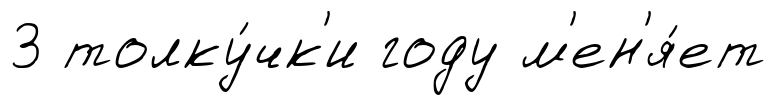
3 толку́чк'и году м'ен'я́ет